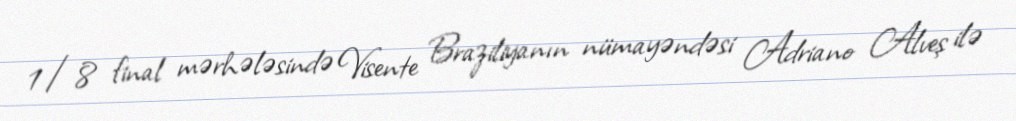
1/8 final mərhələsində Visente Braziliyanın nümayəndəsi Adriano Alveş ilə